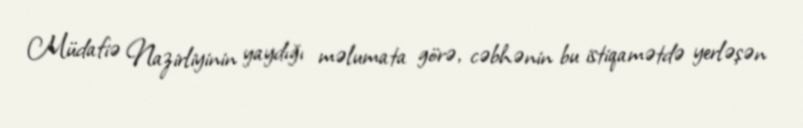
Müdafiə Nazirliyinin yaydığı məlumata görə, cəbhənin bu istiqamətdə yerləşən